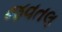
જવતલ